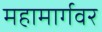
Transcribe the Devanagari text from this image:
महामार्गवर